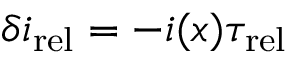
\delta i _ { \mathrm { r e l } } = - i ( x ) \tau _ { \mathrm { r e l } }